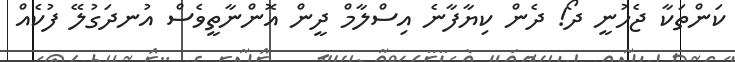
ކަންތަކާ ޖެހުނީ ދޯ! ދެން ކިޔާފާނެ އިސްލާމް ދީން އޮންނާތީވެސް އުނދަގުލޭ ފުކެއް